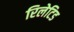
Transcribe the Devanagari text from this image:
रिलेटिड